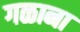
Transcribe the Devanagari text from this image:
गळाना